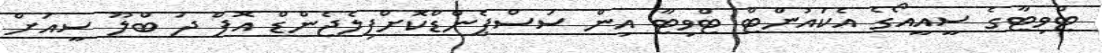
ޓްވިޓާގެ ސީއީއޯގެ އެކައުންޓް ޓްވިޓާ އިން ސަސްޕެންޑްކޮށްފިލެޖެންޑް އޮފް ދަ ބްލޫ ސީއަށް